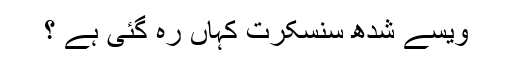
ویسے شدھ سنسکرت کہاں رہ گئی ہے ؟